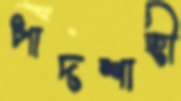
পাদশাহী